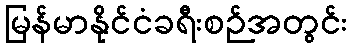
မြန်မာနိုင်ငံခရီးစဉ်အတွင်း